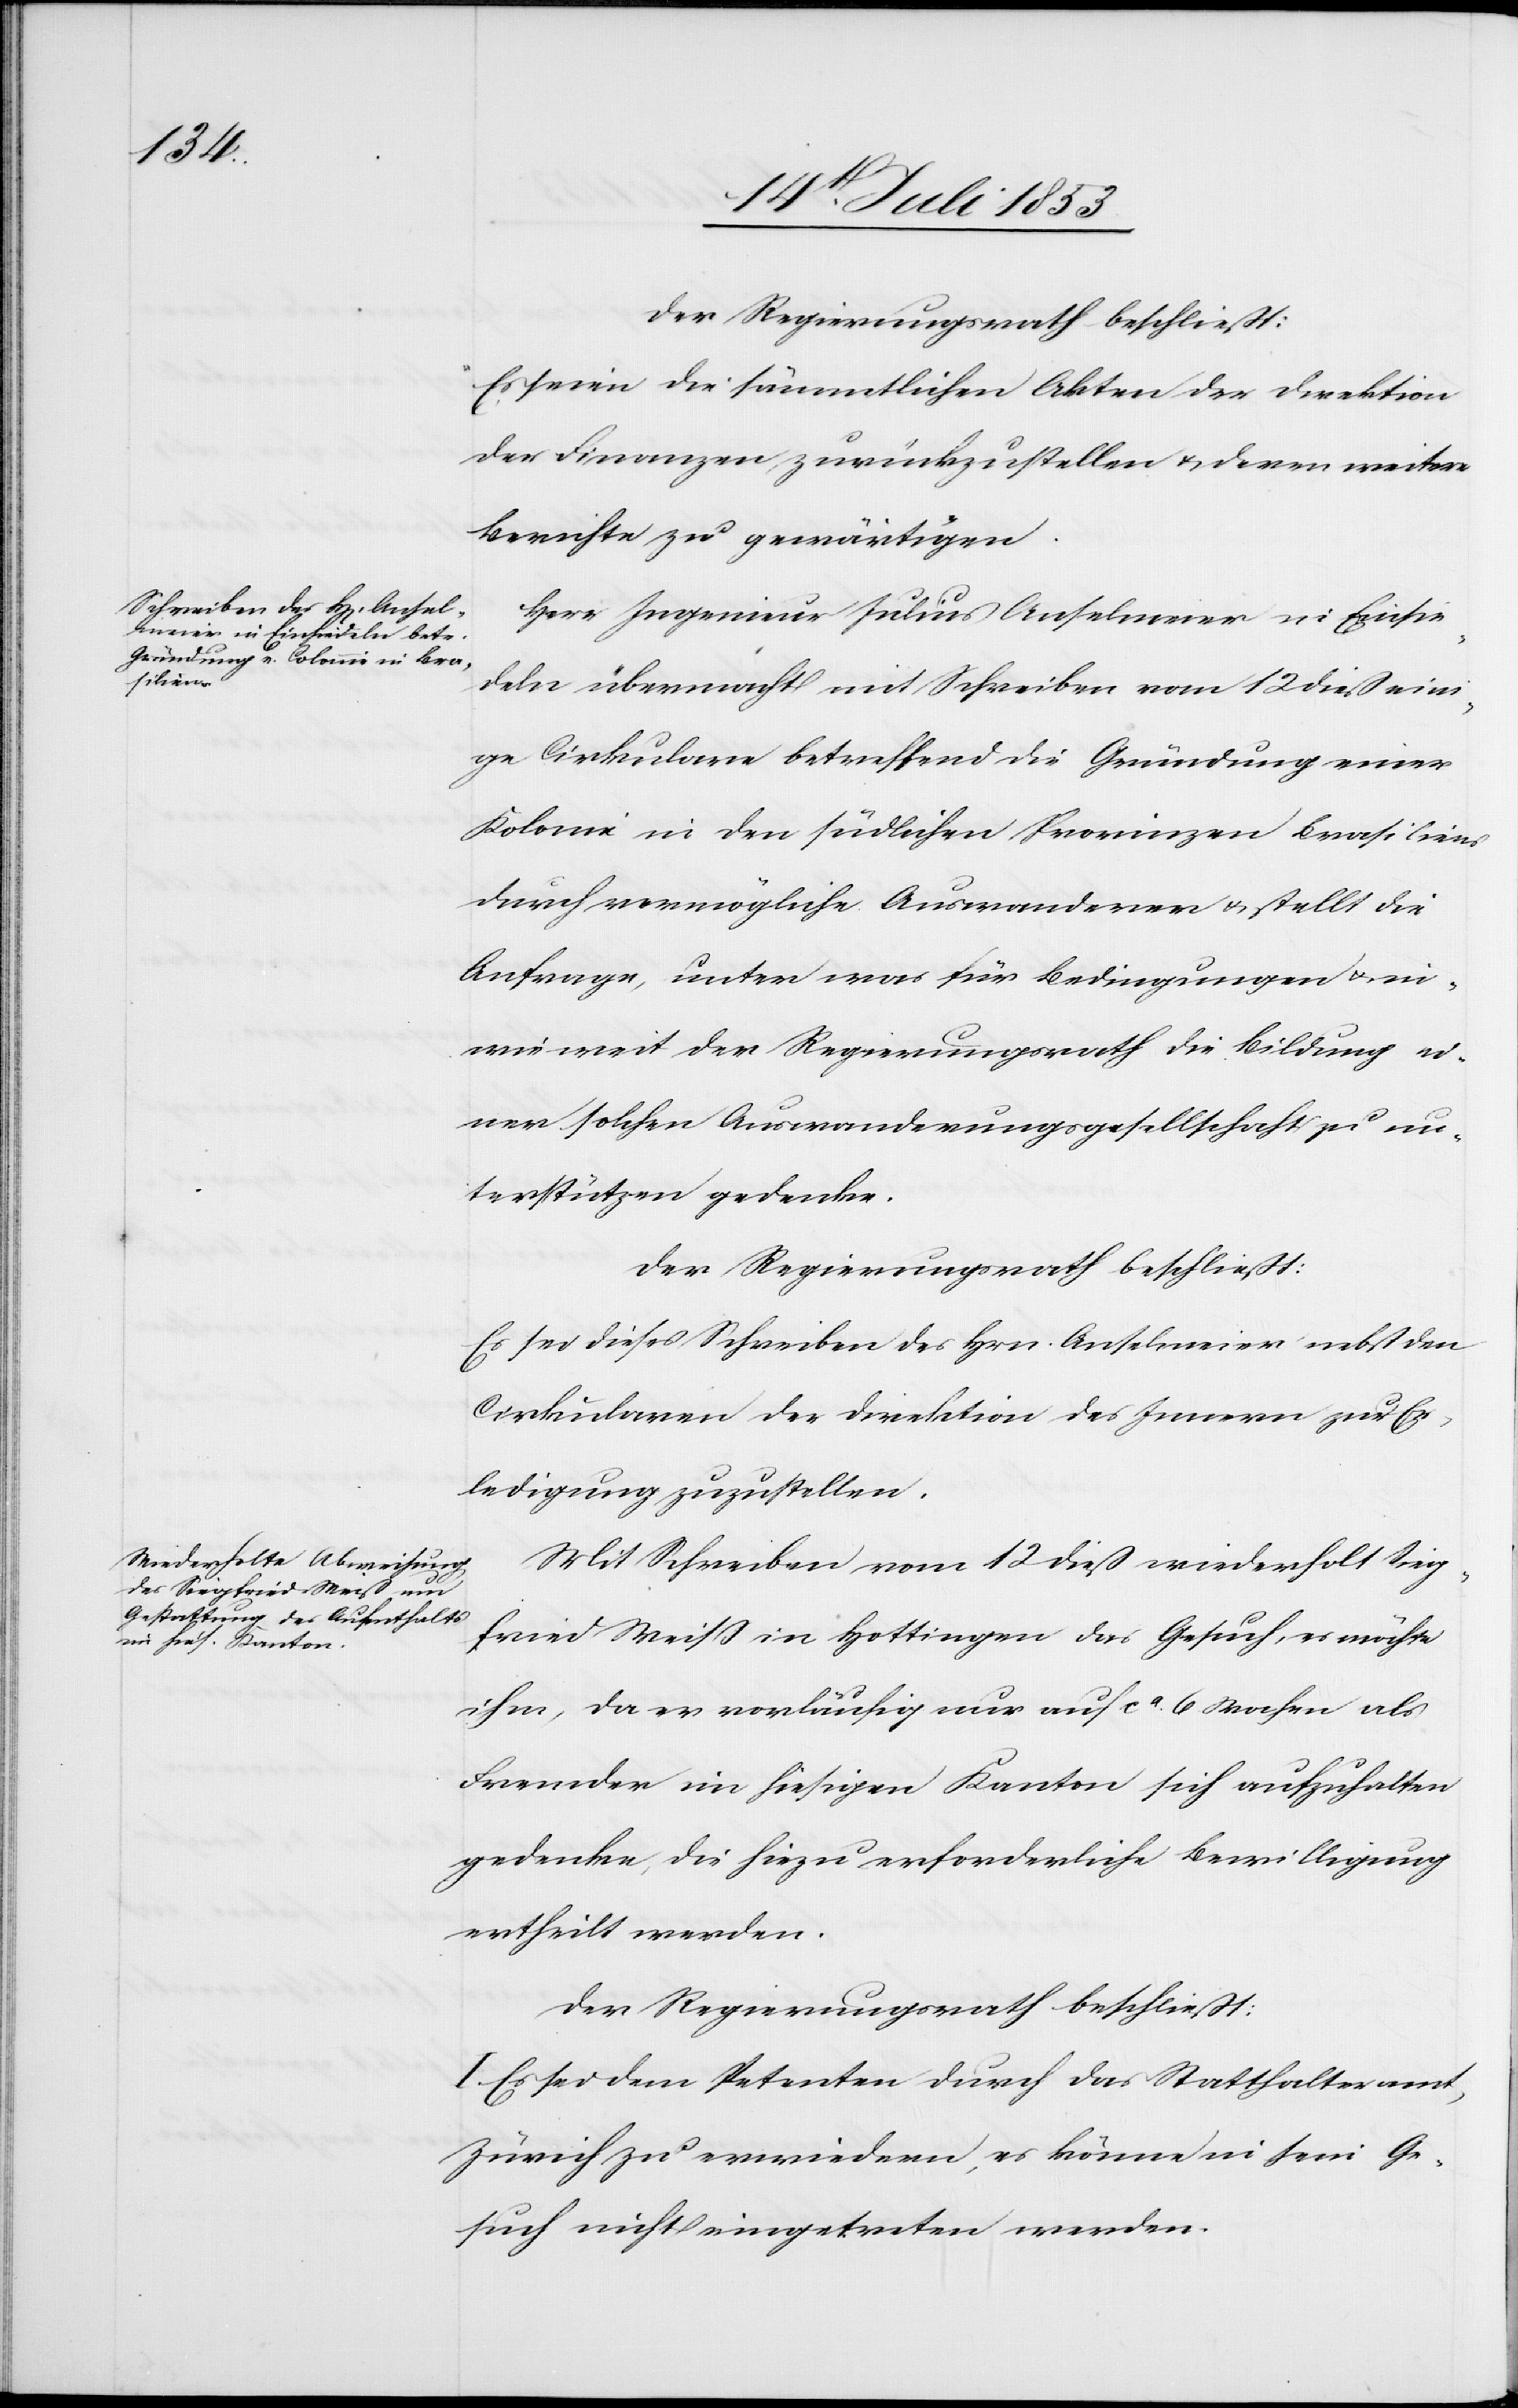
Der Regierungsrath beschließt:
Es seien die sämmtlichen Akten der Direktion
der Finanzen zurückzustellen u. deren weitere
Berichte zu gewärtigen.
Herr Ingenieur Julius Anselmeier in Einsie¬
deln übermacht mit Schreiben vom 12 dieß eini¬
ge Cirkulare betreffend die Gründung einer
Kolonie in den südlichen Provinzen Brasiliens
durch vermögliche Auswanderer u. stellt die
Anfrage, unter was für Bedingungen u. in¬
wieweit der Regierungsrath die Bildung ei¬
ner solchen Auswanderungsgesellschaft zu un¬
terstützen gedenke.
Es sei dieses Schreiben des Hrn. Anselmeier nebst den
Cirkularen der Direktion des Innern zur Er¬
ledigung zuzustellen.
Mit Schreiben vom 12 dieß wiederholt Sieg¬
fried Weiß in Hottingen das Gesuch, es möchte
ihm, da er vorläufig nur auf ca 6 Wochen als
Fremder im hiesigen Kanton sich aufzuhalten
gedenke, die hiezu erforderliche Bewilligung
ertheilt werden.
Der Regierungsrath beschließt:
I. Es sei dem Petenten durch das Statthalteramt,
Zürich zu erwiedern, es könne in sein Ge¬
such nicht eingetreten werden.